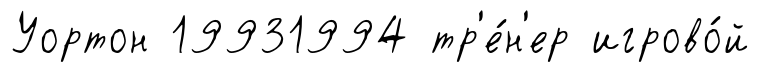
Уортон 19931994 тр'е́н'ер игрово́й